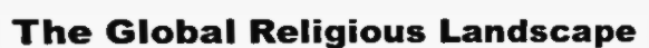
The Global Religious Landscape